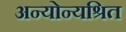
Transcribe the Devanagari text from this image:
अन्योन्यश्रित